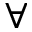
\forall